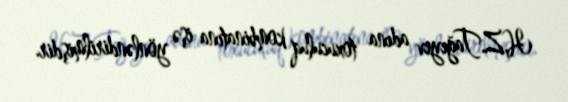
H.Z.Tağıyev adına toxuculuq kombinatına işə yönləndirilmişdir.